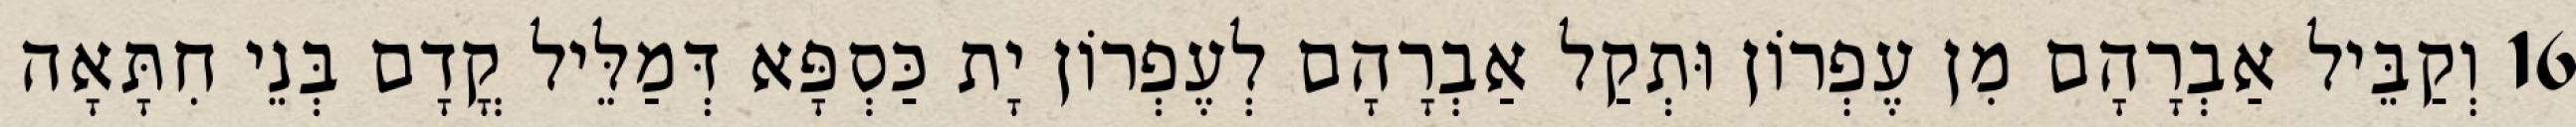
16 וְקַבֵּיל אַבְרָהָם מִן עֶפְרוֹן וּתְקַל אַבְרָהָם לְעֶפְרוֹן יָת כַּסְפָּא דְּמַלֵּיל קֳדָם בְּנֵי חִתָּאָה